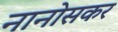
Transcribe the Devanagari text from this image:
नानोसकर